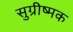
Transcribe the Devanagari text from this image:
सुग्रीष्मक